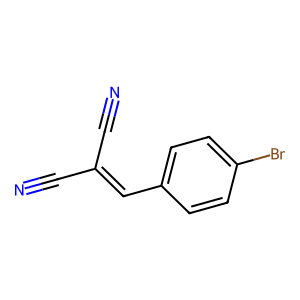
SMILES: N#CC(C#N)=Cc1ccc(Br)cc1
Inhibits HIV replication: No